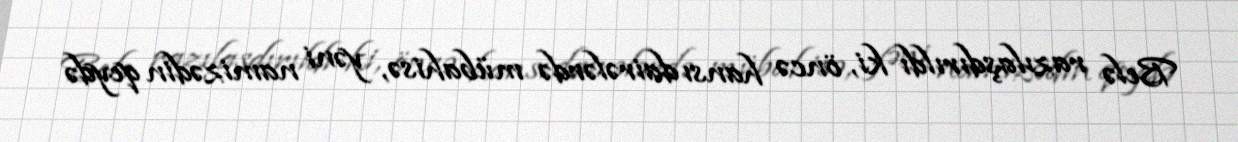
Belə razılaşdırıldı ki, öncə hansı dairələrdə mübahisə, yəni namizədin qeydə